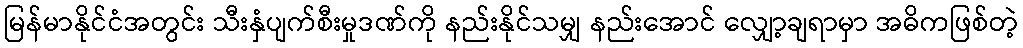
မြန်မာနိုင်ငံအတွင်း သီးနှံပျက်စီးမှုဒဏ်ကို နည်းနိုင်သမျှ နည်းအောင် လျှော့ချရာမှာ အဓိကဖြစ်တဲ့